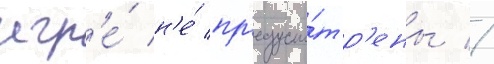
игр'е́ н'е́ пр'едусмо́тр'ены //